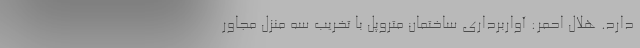
دارد. هلال احمر: آواربرداری ساختمان متروپل با تخریب سه منزل مجاور